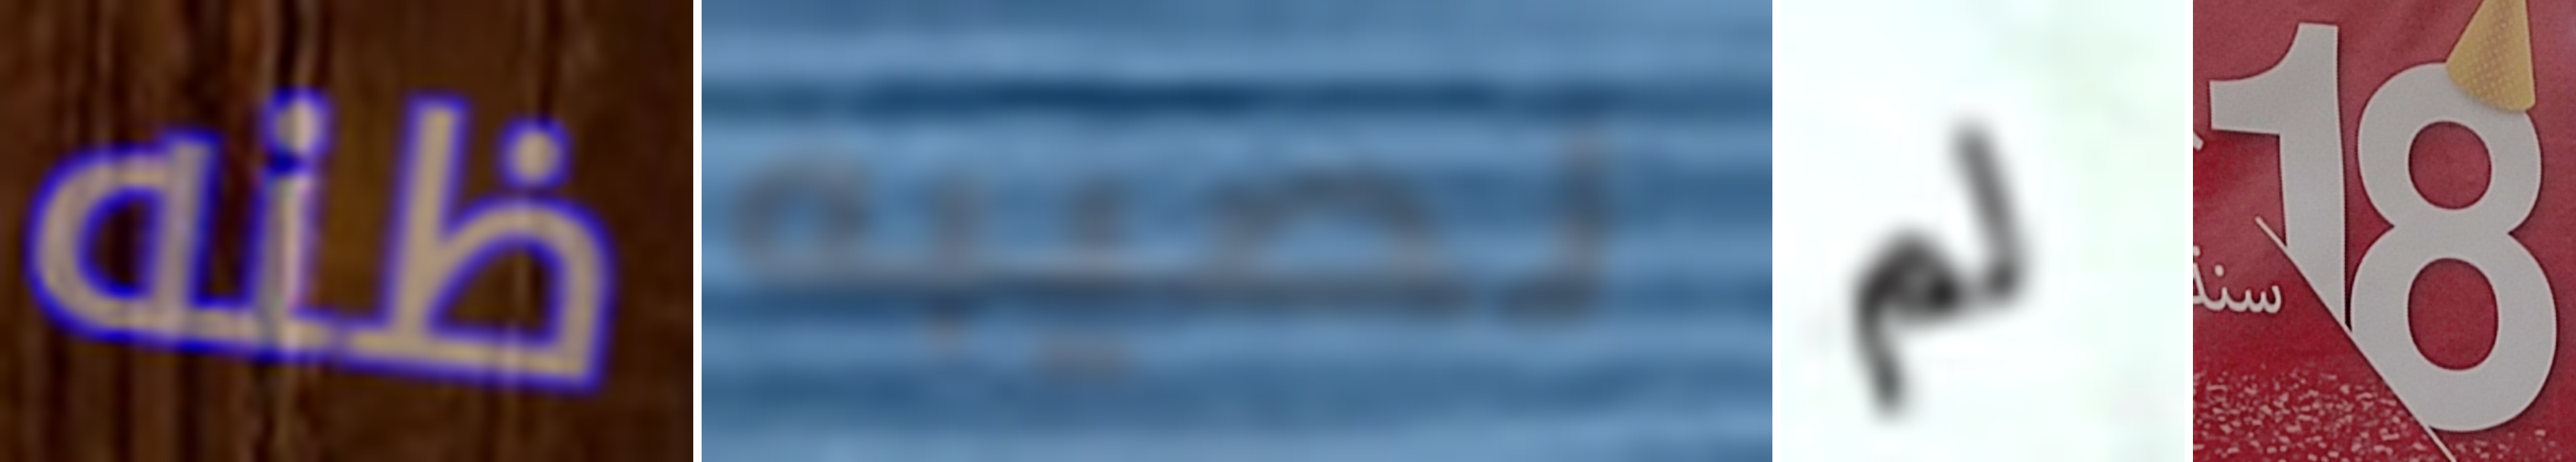
ظنه نصيبه لم 18